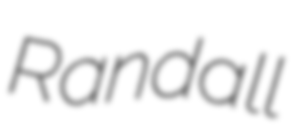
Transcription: Randall